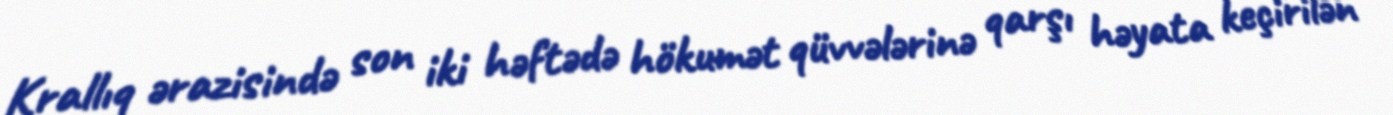
Krallıq ərazisində son iki həftədə hökumət qüvvələrinə qarşı həyata keçirilən